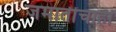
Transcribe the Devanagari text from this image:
जमातींचाही